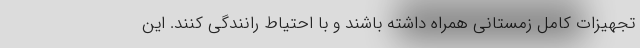
تجهیزات کامل زمستانی همراه داشته باشند و با احتیاط رانندگی کنند. این